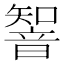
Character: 𲊨